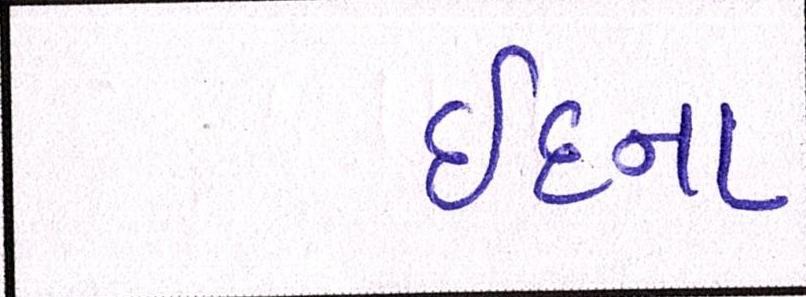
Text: ઈદના